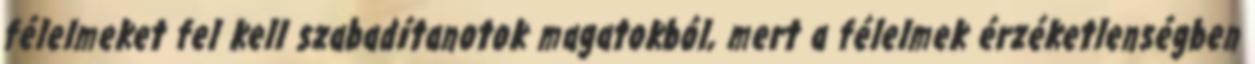
félelmeket fel kell szabadítanotok magatokból, mert a félelmek érzéketlenségben